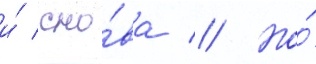
и́ сно́ва // Но́